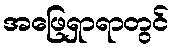
အဖြေရှာရာတွင်